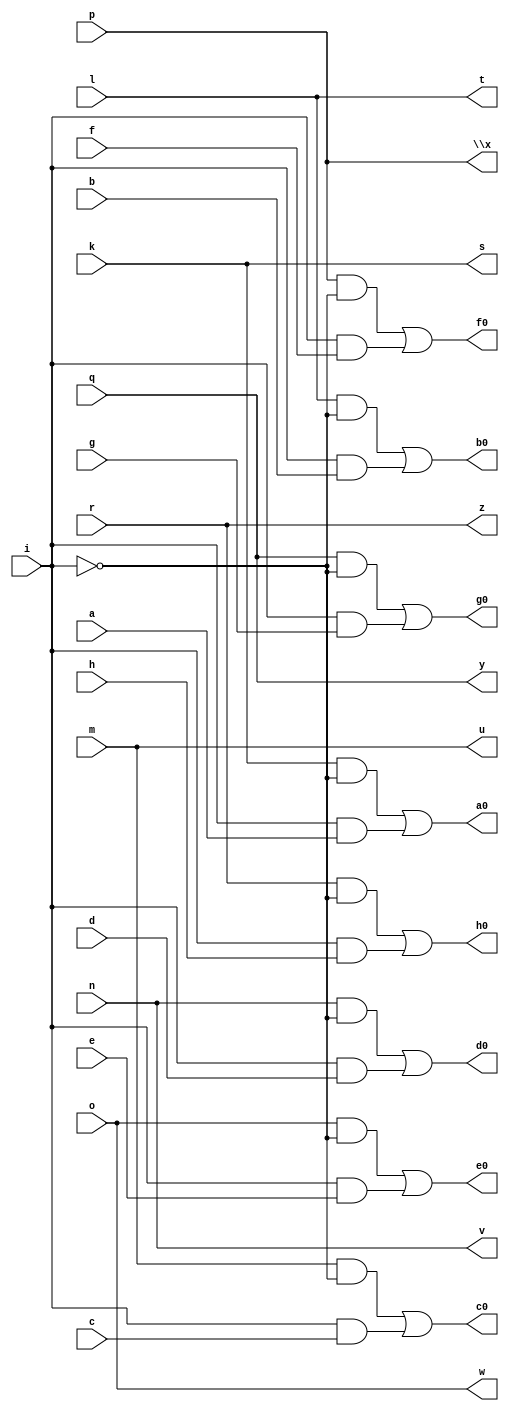
// IWLS benchmark module "tcon" printed on Wed May 29 17:29:17 2002
module tcon(a, b, c, d, e, f, g, h, i, k, l, m, n, o, p, q, r, s, t, u, v, w, \x , y, z, a0, b0, c0, d0, e0, f0, g0, h0);
input
  a,
  b,
  c,
  d,
  e,
  f,
  g,
  h,
  i,
  k,
  l,
  m,
  n,
  o,
  p,
  q,
  r;
output
  c0,
  d0,
  e0,
  f0,
  g0,
  h0,
  s,
  t,
  u,
  v,
  w,
  \x ,
  y,
  z,
  a0,
  b0;
wire
  \[8] ,
  \[9] ,
  \[10] ,
  \[11] ,
  \[12] ,
  \[13] ,
  \[14] ,
  \[15] ;
assign
  c0 = \[10] ,
  d0 = \[11] ,
  \[8]  = (k & ~i) | (i & a),
  e0 = \[12] ,
  \[9]  = (l & ~i) | (i & b),
  f0 = \[13] ,
  g0 = \[14] ,
  \[10]  = (m & ~i) | (i & c),
  h0 = \[15] ,
  \[11]  = (n & ~i) | (i & d),
  \[12]  = (o & ~i) | (i & e),
  s = k,
  t = l,
  \[13]  = (p & ~i) | (i & f),
  u = m,
  v = n,
  w = o,
  \x  = p,
  y = q,
  z = r,
  \[14]  = (q & ~i) | (i & g),
  \[15]  = (r & ~i) | (i & h),
  a0 = \[8] ,
  b0 = \[9] ;
endmodule